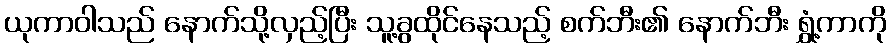
ယုကာဝါသည် နောက်သို့လှည့်ပြီး သူ့ခွထိုင်နေသည့် စက်ဘီး၏ နောက်ဘီး ရွှံ့ကာကို